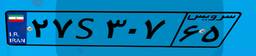
۶۸S۷۵۹۵۱